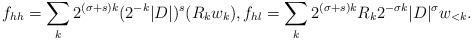
LaTeX: \begin{align*}f_{hh} = \sum_k 2^{(\sigma+s) k} (2^{-k}|D|)^s (R_k w_k), f_{hl} = \sum_k 2^{(\sigma+s) k} R_k2^{-\sigma k} |D|^\sigma w_{<k}.\end{align*}